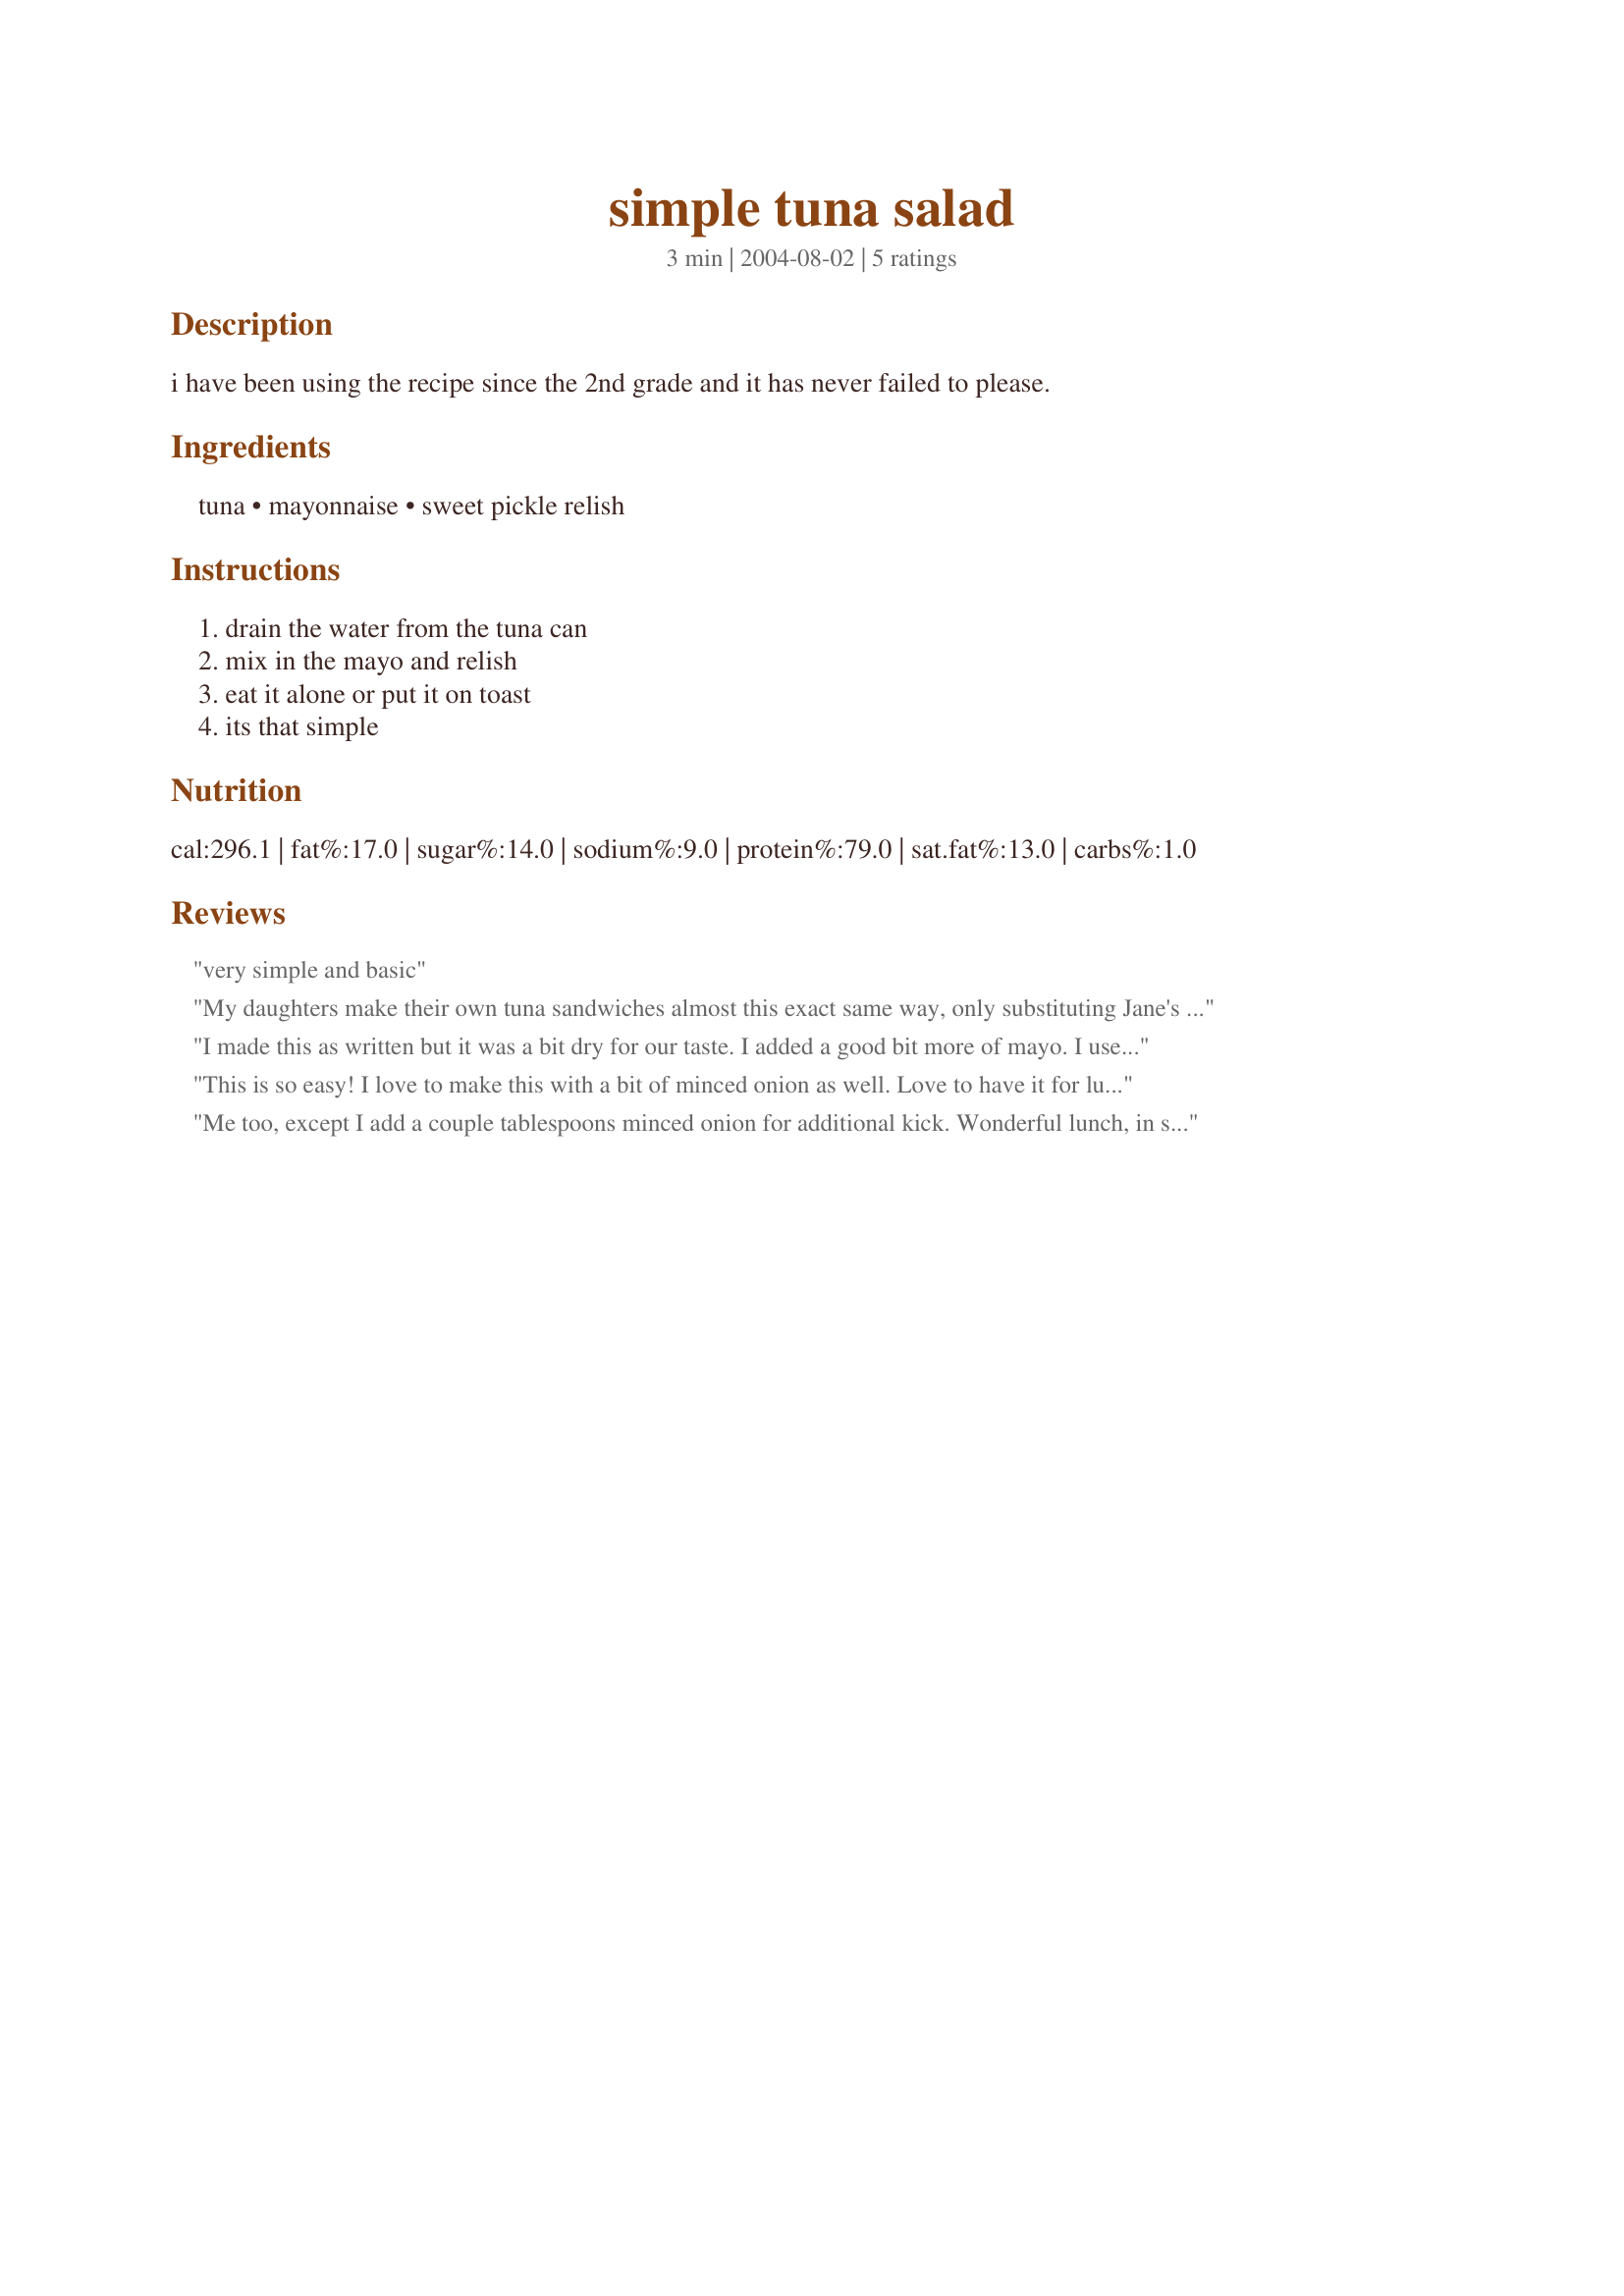
simple tuna salad
Preparation time: 3 minutes

i have been using the recipe since the 2nd grade and it has never failed to please.

Ingredients:
tuna, mayonnaise, sweet pickle relish

Steps:
drain the water from the tuna can, mix in the mayo and relish, eat it alone or put it on toast, its that simple

Reviews:
very simple and basic
My daughters make their own tuna sandwiches almost this exact same way, only substituting Jane's Crazy Salt for the relish to get their own particular 'zing.' Great on bread, toast, or crackers. :)
I made this as written but it was a bit dry for our taste. I added a good bit more of mayo. I used 2 teaspoons of dill relish. We enjoyed it on bread for lunch.
This is so easy! I love to make this with a bit of minced onion as well. Love to have it for lunch w/ crackers, or tortilla chips. Dh has this for lunch every day of the week just about. Thanks for sharing!
Me too, except I add a couple tablespoons minced onion for additional kick.
Wonderful lunch, in salad or on toast!
